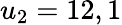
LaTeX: u_{2}=12,1